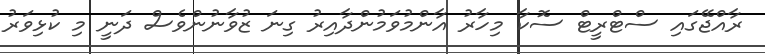
ރާއްޖޭގައި ސްޓްރީޓް ސޮކާ މިހާރު އާންމުވަމުންދާއިރު ގިނަ ޒުވާނުންވެސް ދަނީ މި ކުޅިވަރު